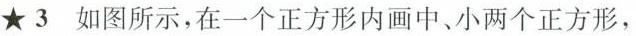
★3如图所示，在一个正方形内画中、小两个正方形，